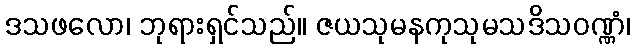
ဒသဖလော၊ ဘုရားရှင်သည်။ ဇယသုမနကုသုမသဒိသဝဏ္ဏံ၊